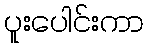
ပူးပေါင်းကာ